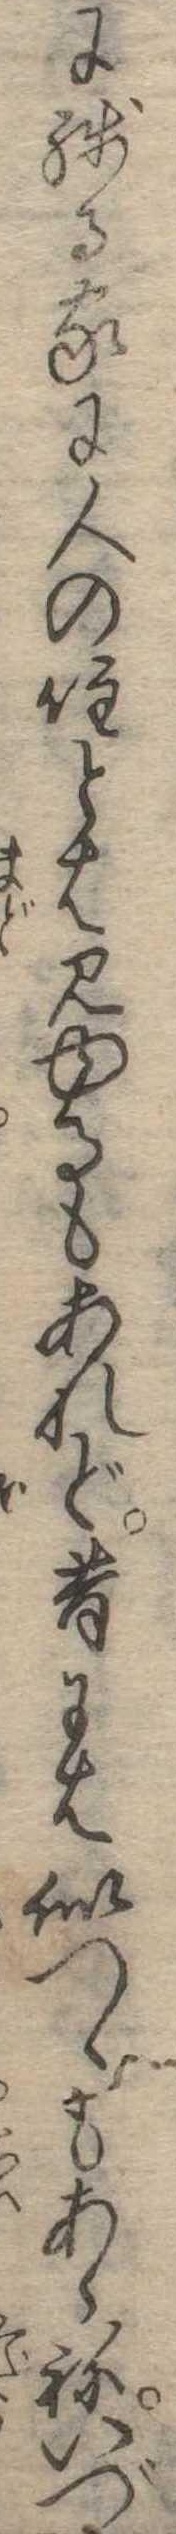
に残る家に人の住とは見ゆるもあれど昔には似つゝもあらねいづ